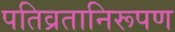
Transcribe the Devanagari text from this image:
पतिव्रतानिरूपण